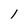
Character: l